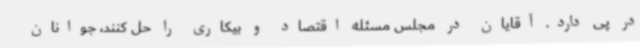
در پی دارد. آقایان در مجلس مسئله اقتصاد و بیکاری را حل کنند، جوانان